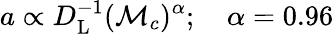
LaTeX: a\propto D_{\mathrm{{L}}}^{-1}(\mathcal{M}_{c})^{\alpha};\quad\alpha=0.96